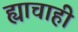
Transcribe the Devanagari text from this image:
ह्याचाही